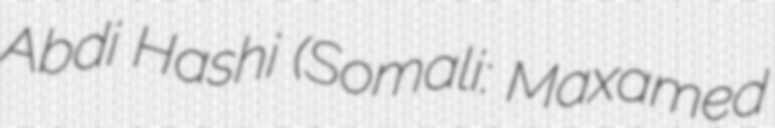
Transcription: Abdi Hashi (Somali: Maxamed